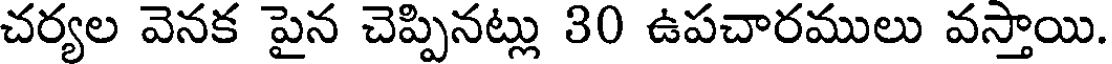
చర్యల వెనక పైన చెప్పినట్లు 30 ఉపచారములు వస్తాయి.